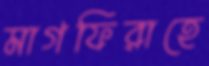
মাগফিরাহে